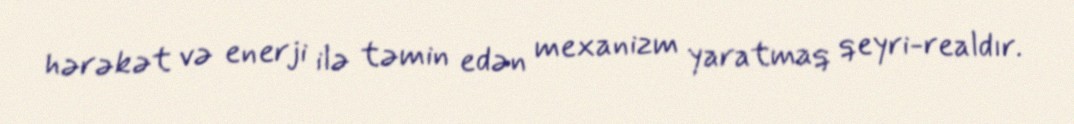
hərəkət və enerji ilə təmin edən mexanizm yaratmaq qeyri-realdır.